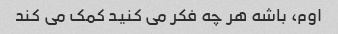
اوم، باشه هر چه فکر می کنید کمک می کند